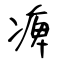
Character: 痺